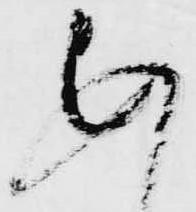
あ